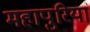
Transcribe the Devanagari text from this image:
महापुरियां